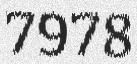
7978